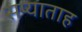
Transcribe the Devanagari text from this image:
सप्याताह